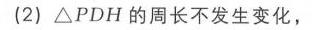
(2) \(\triangle PDH\) 的周长不发生变化，